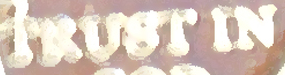
TRUST IN